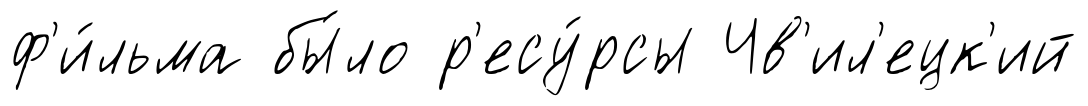
ф'и́льма бы́ло р'есу́рсы Чв'ил'ецк'ий